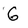
Character: G